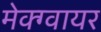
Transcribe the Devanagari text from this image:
मेक्ग्वायर